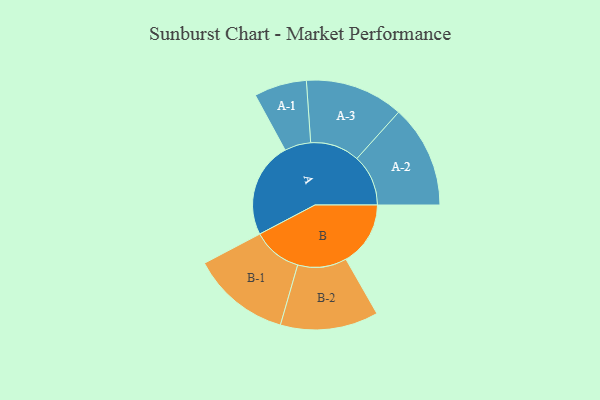
{"axis": {"x": "Segment", "y": "Value"}, "legend": ["", "A", "B"], "data": [{"x": "A", "y": 487, "type": ""}, {"x": "B", "y": 329, "type": ""}, {"x": "A-1", "y": 134, "type": "A"}, {"x": "A-2", "y": 262, "type": "A"}, {"x": "A-3", "y": 251, "type": "A"}, {"x": "B-1", "y": 252, "type": "B"}, {"x": "B-2", "y": 250, "type": "B"}]}